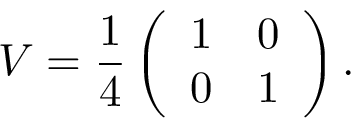
V = \frac { 1 } { 4 } \left( \begin{array} { l l } { 1 } & { 0 } \\ { 0 } & { 1 } \end{array} \right) .